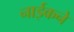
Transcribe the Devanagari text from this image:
नाईकने